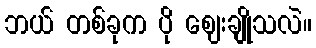
ဘယ် တစ်ခုက ပို ဈေးချိုသလဲ။